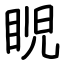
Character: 𥆩